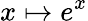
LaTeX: x\mapsto e^{x}